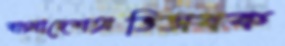
বাংলাদেশঅভিভাবক